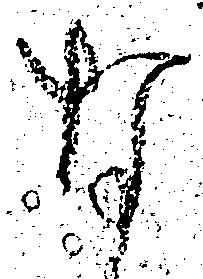
な